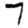
Digit: 7